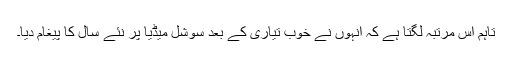
تاہم اس مرتبہ لگتا ہے کہ انہوں نے خوب تیاری کے بعد سوشل میڈیا پر نئے سال کا پیغام دیا۔